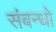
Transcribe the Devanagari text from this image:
संबन्धो